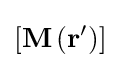
\left[\mathbf {M} \left(\mathbf {r} '\right)\right]